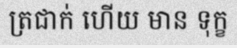
ត្រជាក់ ហើយ មាន ទុក្ខ